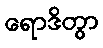
ရောဒိတွာ